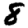
Digit: 8